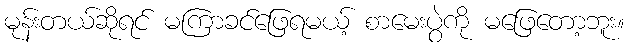
မုန်းတယ်ဆိုရင် မကြာခင်ဖြေရမယ့် စာမေးပွဲကို မဖြေတော့ဘူး။